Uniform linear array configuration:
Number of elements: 16
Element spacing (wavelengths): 1
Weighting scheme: blackman
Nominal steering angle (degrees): -60
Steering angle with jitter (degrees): -61.202
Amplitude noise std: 0.05
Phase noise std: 0.05

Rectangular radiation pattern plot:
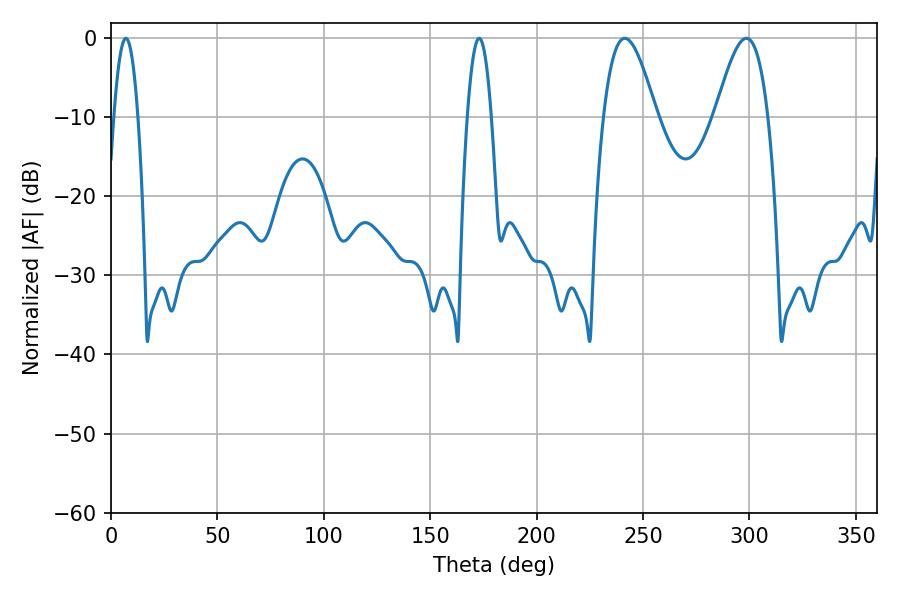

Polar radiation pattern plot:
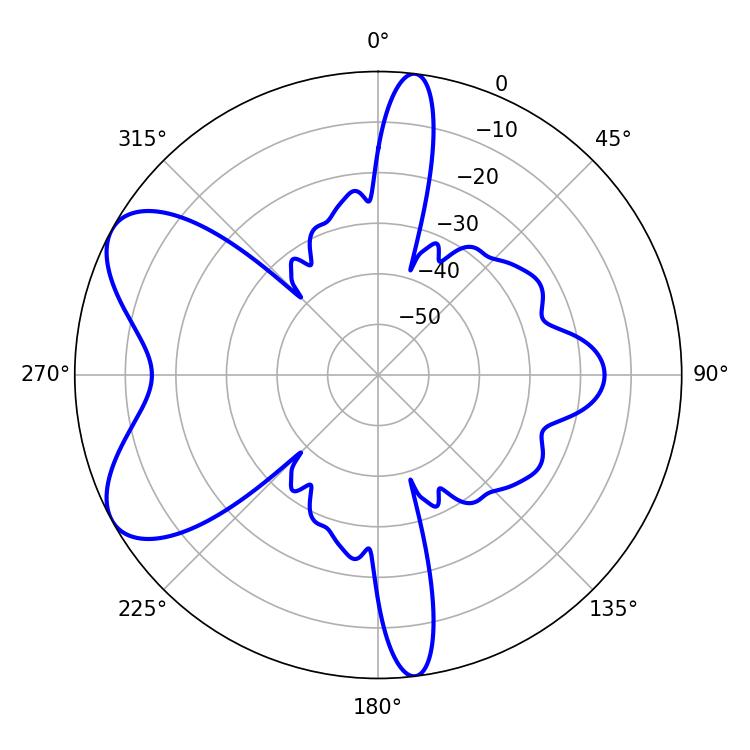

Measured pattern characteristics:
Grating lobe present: TRUE
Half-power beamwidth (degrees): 13.5
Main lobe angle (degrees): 241.38